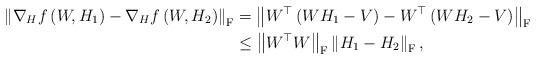
LaTeX: \begin{align*}\left\|\nabla_H f \left( W, H_1 \right) - \nabla_H f \left( W,H_2 \right) \right\|_{\mathrm{F}}&= \left\| W^\top \left(W H_1 - V \right) - W^\top \left(W H_2 - V \right) \right\|_{\mathrm{F}}\\&\leq\left\|W^\top W \right\|_{\mathrm{F}} \left\| H_1 - H_2 \right\|_{\mathrm{F}},\end{align*}